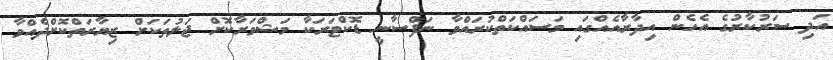
އަދި ސަރުކާރުގެ އެހެން އިދާރާއެއްގައި މަސައްކަތްކުރައްވާ ނަފްސާނީ ޑޮކްޓަރަކާ މަޝްވަރާކޮށް ޖަލުތަކަށް ޒިޔާރަތްކޮށްދެއްވާ